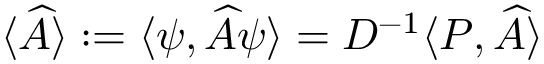
{ \langle \widehat { A } \rangle : = \langle \psi , \widehat { A } \psi \rangle } = D ^ { - 1 } \langle { \cal P } , \widehat { A } \rangle